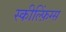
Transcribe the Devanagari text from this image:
स्कील्फ़िंग्स